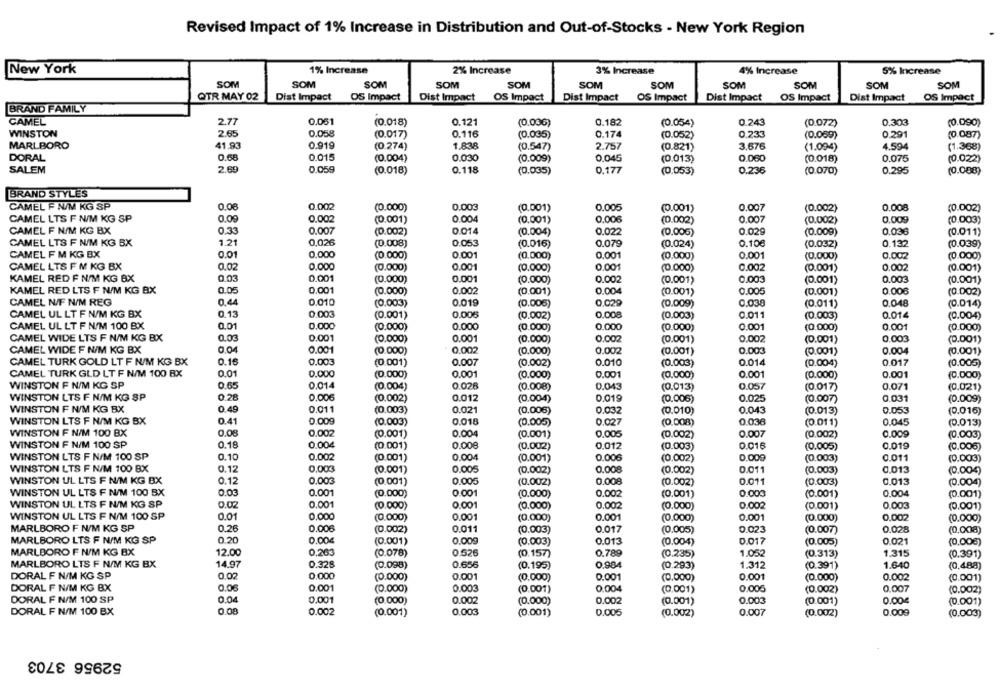
Revised Impact of 1% Increase in Distribution and Out-of-Stocks - New York Region
New York
1% Increase
2% Increase
3% Increase
4% Increase
5% Increase
SOM
SOM
SOM
SOM
SOM
SOM
SOM
SOM
SOM
SOM
SOM
QTR MAY 02
Dist Impact
OS Impact
Dist Impact
OS Impact
Dist Impact
Dist Impact
OS Impact
Dist Impact OS Impact
OS Impact
BRAND FAMILY
CAMEL
2.77
0.061
(0.018)
0.121
(0.036)
0.182
(0.054)
0.243
(0.072)
0.303
(0.090)
0.058
WINSTON
2.65
(0.017)
0.116
(0.035)
0.174
(0.052)
0.233
(0.069)
0.291
(0.087)
MARLBORO
41.93
0.919
(0.274)
1.838
(0.547)
2.757
3.676
4.594
(1.368)
(0.821)
(1.094)
DORAL
0.68
0.015
(0.004)
0.030
(0.009)
0.045
(0.013)
0.060
(0.018)
0.075
(0.022)
SALEM
2.69
0.059
(0.018)
0.118
(0.035)
0.177
(0.053)
0.236
(0.070)
0.295
(0.088)
BRAND STYLES
CAMEL F N/M KG SP
0.08
0.002
(0.000)
0.003
(0.001)
0.005
(0.001)
0.007
(0.002)
0.008
(0.002)
CAMEL LTS F N/M KG SP
0.09
0.002
(0.001)
0.004
(0.001)
0.006
(0.002)
0.007
(0.002)
0.009
(0.003)
CAMEL F N/M KG BX
0.33
0.007
(0.002)
0.014
(0.004)
0.022
(0.006)
0.029
(0.009)
0.036
(0.011)
CAMEL LTS F N/M KG BX
1.21
0,026
0.053
0.079
(0.024)
0,10€
0.132
(0.008)
(0.016)
(0.032)
(0.039)
CAMEL F M KG BX
0.01
0,000
(0.000)
0 001
(0.000)
0.001
(0.000)
0.001
(0.000)
0.002
(0.000)
CAMEL LTS F M KG BX
0.02
0,000
(0.000)
0.001
(0.000)
0.001
(0.000)
0.002
(0.001)
0.002
(0.001)
KAMEL RED F N/M KG BX
0.03
0.001
(0.000)
0.001
(0.000)
0.002
(0.001)
0.003
(0.001)
0.003
(0.001)
KAMEL RED LTS F N/M KG BX
0.05
0.001
(0.000)
0.002
(0.001)
0.004
(0.001)
0.005
(0.001)
0.006
(0.002)
CAMEL N/F N/M REG
0.44
0.010
(0.003)
0.019
(0.006)
0,029
(0.009)
0.038
(0.011)
0.048
(0.014)
CAMEL UL LT F N/M KG BX
0.13
0.003
(0.001)
0.005
(0.002)
0.008
(0.003)
0.011
(0.003)
0.014
(0.004)
CAMEL UL LT F N/M 100 BX
0.01
0.000
(0.000)
0.000
(0.000)
0.000
0.001
0.001
(0.000)
(0.000)
(0.000)
CAMEL WIDE LTS F N/M KG BX
0.03
0.001
(0.000)
0.001
(0.000)
0.002
(0.001)
0.002
(0.001)
0.003
(0.001)
CAMEL WIDE F N/M KG BX
0.001
(0.000)
0.002
(0.000)
0.002
(0.001)
0.003
(0.001)
0.004
(0.001)
0.16
0.007
CAMEL TURK GOLD LT F N/M KG BX
0.003
(0.001)
(0.002)
0.010
(0.003)
0.014
(0.004)
0.017
(0.005)
CAMEL TURK GLD LT F N/M 100 BX
0.01
0.000
(0.000)
0.001
0.001
(0.000)
0.001
0.001
(0.000)
(0.000)
(0.000)
WINSTON F N/M KG SP
0.65
0.014
(0.004)
0.026
(0.008)
0.043
(0.013)
0.057
(0.017)
0.071
(0.021)
WINSTON LTS F N/M KG SP
0.28
0.006
(0.002)
0.012
(0.004)
0.019
(0.006)
0.025
(0.007
0.031
(0.009)
WINSTON F N/M KG BX
0.49
0.011
0.021
0.043
0.053
(0.003)
(0.006)
0.032
(0.010)
(0.013)
(0.016)
WINSTON LTS F N/M KG BX
0.41
0.009
(0.003)
0.018
(0.005)
0.027
(0.008)
0.036
(0.011)
0.045
(0.013)
WINSTON F N/M 100 BX
0.08
0.002
(0.001)
0.004
(0.001)
0.005
(0.002)
0.007
(0.002)
0.00g
(0.003)
WINSTON F N/M 100 SP
0.18
0.004
(0.001)
0.00€
(0.002)
0,012
(0.003)
0.016
(0.005)
0.019
(0.005)
WINSTON LTS F N/M 100 SP
0.10
0.002
(0.001)
0.004
(0.001)
0.006
(0.002)
0.009
(0.003)
0.011
(0.003)
WINSTON LTS F N/M 100 BX
0.12
0.003
(0.001)
0.005
(0.002)
0.008
(0.002)
0.011
(0.003)
0.013
(0.004)
WINSTON UL LTS F N/M KG BX
0.12
0.003
(0.001)
0.005
(0.002)
0.008
(0.002)
0.011
(0.003)
0.013
(0.004)
WINSTON UL LTS F N/M 100 BX
0.03
0.001
0.001
(0.000)
(0.000)
0.002
(0.001)
0.000
(0.001)
0.004
(0.001)
WINSTON UL LTS F N/M KG SP
0.02
0.001
(0.000)
0.001
(0.000)
0.002
(0.000)
0.002
(0.001)
0.003
(0.001)
WINSTON UL LTS F N/M 100 SP
0.01
0.000
(0.000)
0.001
(0.000)
0.001
(0.000)
0.001
(0.000)
0,002
(0.000)
MARLBORO F N/M KG SP
0.26
0.006
(0.002)
0.011
(0.003)
0.017
(0.005)
0.023
(0.007)
0.028
(0.000)
MARLBORO LTS F N/M KG SP
0.20
0.00€
(0.001)
0.009
(0.003)
0.013
0.017
0.021
(0.004)
(0.005)
(0.008)
MARLBORO F N/M KG BX
12.00
0,263
(0.078)
0.526
(0.157)
0.789
(0.235)
1.052
(0.313)
1.315
(0.391)
MARLBORO LTS F N/M KG BX
14.97
0.328
(0.098)
0.656
(0.195)
0.984
(0.293)
1.312
(0.391)
1.640
(0,488)
DORAL F N/M KG SP
0.02
0.000
(0.000)
0.001
(0.000)
0.001
(0.000)
0.001
(0.000)
0.002
(0.001)
DORAL F N/M KG BX
0.06
0.001
(0.000)
0.003
(0.001)
0.004
(0.001)
0.00€
(0.002)
0.007
(0.002)
DORAL F N/M 100 SP
0.04
0.001
(0.000)
0.002
(0.000)
0.002
(0.001)
0.003
(0.001)
0.00€
(0.001)
0.08
DORAL F N/M 100 BX
0.002
(0.001)
0.003
(0.001)
0.005
(0.002)
0.007
(0.002)
0.009
(0.003)
52956 3703